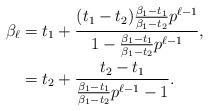
LaTeX: \begin{align*}\beta_{\ell} & = t_1 + \frac{(t_1 - t_2)\frac{\beta_1 - t_1}{\beta_1-t_2}p^{\ell-1}}{1 - \frac{\beta_1 - t_1}{\beta_1-t_2}p^{\ell-1}}, \\&= t_2 + \frac{t_2 - t_1}{ \frac{\beta_1 - t_1}{\beta_1-t_2}p^{\ell-1} - 1}. \end{align*}